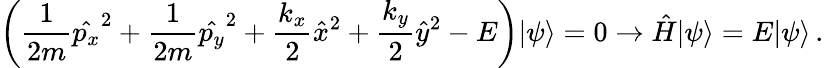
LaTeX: \left(\frac{1}{2m}\hat{p_{x}}^{2}+\frac{1}{2m}\hat{p_{y}}^{2}+\frac{k_{x}}{2}\hat{x}^{2}+\frac{k_{y}}{2}\hat{y}^{2}-E\right)\vert\psi\rangle=0\rightarrow\hat{H}\vert\psi\rangle=E\vert\psi\rangle\, .